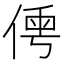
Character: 𠋐